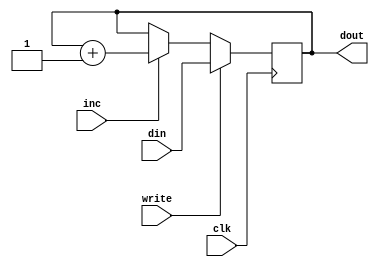
module IAR (
    input clk,
    input inc,
    input write,
    input [8:0] din,
    output reg[8:0] dout
);

always @(posedge clk)
	begin
        if (inc) dout <= dout + 9'b000000001;
		if (write) dout <= din;
	end

endmodule